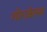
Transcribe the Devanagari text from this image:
गोन्ज़ेल्स